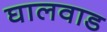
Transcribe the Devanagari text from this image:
घालवाड